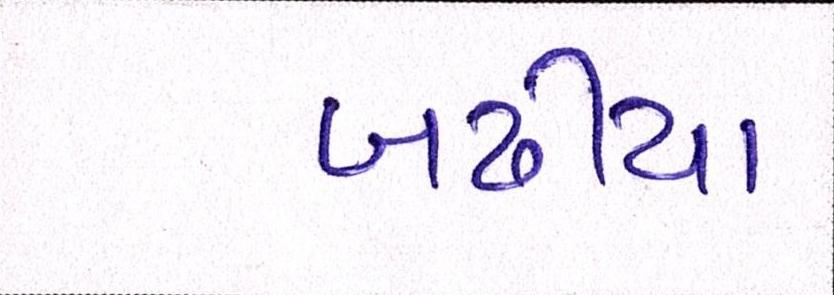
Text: બઢીયા